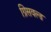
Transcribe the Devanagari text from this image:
ग्रिसवल्ड